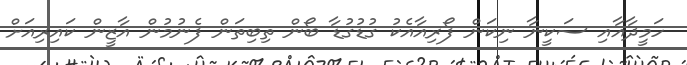
ހަމީދާއާއި ސަކީނާ ނިކަން ފޯރިއާއެކު ގުޑުގުޑާ ބޯން ތިބިތަން ފެނުމުން އާޒީން ކައިރިއަށް